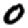
Digit: 0